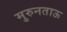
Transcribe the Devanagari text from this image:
मुरुनताऊ